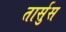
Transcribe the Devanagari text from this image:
तार्सुस